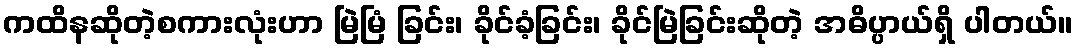
ကထိနဆိုတဲ့စကားလုံးဟာ မြဲမြံ ခြင်း၊ ခိုင်ခံ့ခြင်း၊ ခိုင်မြဲခြင်းဆိုတဲ့ အဓိပ္ပာယ်ရှိ ပါတယ်။